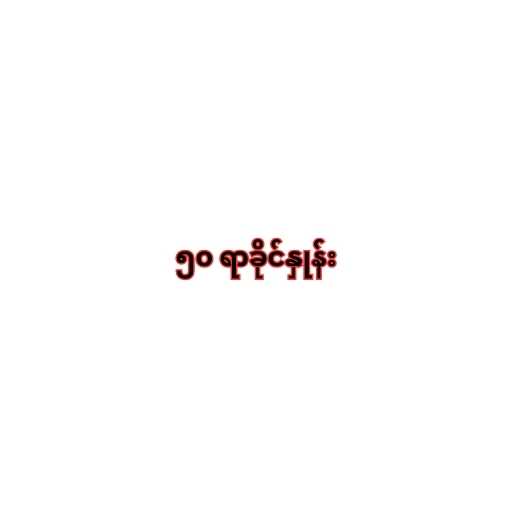
၅၀ ရာခိုင်နှုန်း